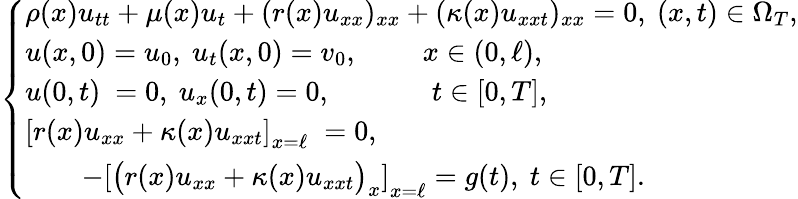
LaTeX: \begin{array}{r}{\left\{ \begin{array}{lc}{\rho(x)u_{tt}+\mu(x)u_{t}+(r(x)u_{xx})_{xx}+(\kappa(x)u_{xxt})_{xx}=0,~(x,t)\in\Omega_{T},}\\ {u(x,0)=u_{0},~u_{t}(x,0)=v_{0},~\qquad x\in(0,\ell),}\\ {u(0,t)\ =0,~u_{x}(0,t)=0,~\qquad\; \quad t\in[0,T],}\\ {\left[r(x)u_{xx}+\kappa(x)u_{xxt}\right]_{x=\ell}\; =0,}\\ {\quad\quad-\left[\big(r(x)u_{xx}+\kappa(x)u_{xxt}\big)_{x}\right]_{x=\ell}=g(t),\ t\in[0,T].}\end{array}\right.}\end{array}